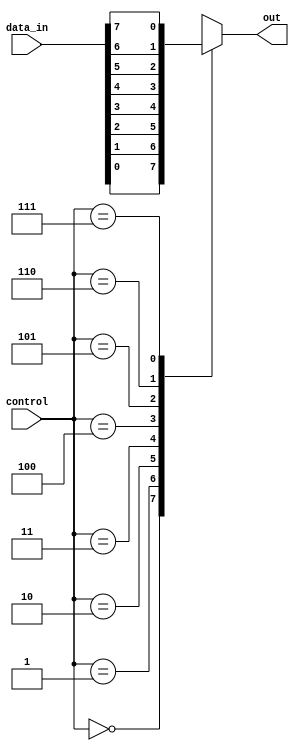
module multiplexer_8to1 (
    input [7:0] data_in,
    input [2:0] control,
    output reg out
);

always @(*) begin
    case(control)
        3'b000 : out = data_in[0];
        3'b001 : out = data_in[1];
        3'b010 : out = data_in[2];
        3'b011 : out = data_in[3];
        3'b100 : out = data_in[4];
        3'b101 : out = data_in[5];
        3'b110 : out = data_in[6];
        3'b111 : out = data_in[7];
        default : out = 0;
    endcase
end

endmodule